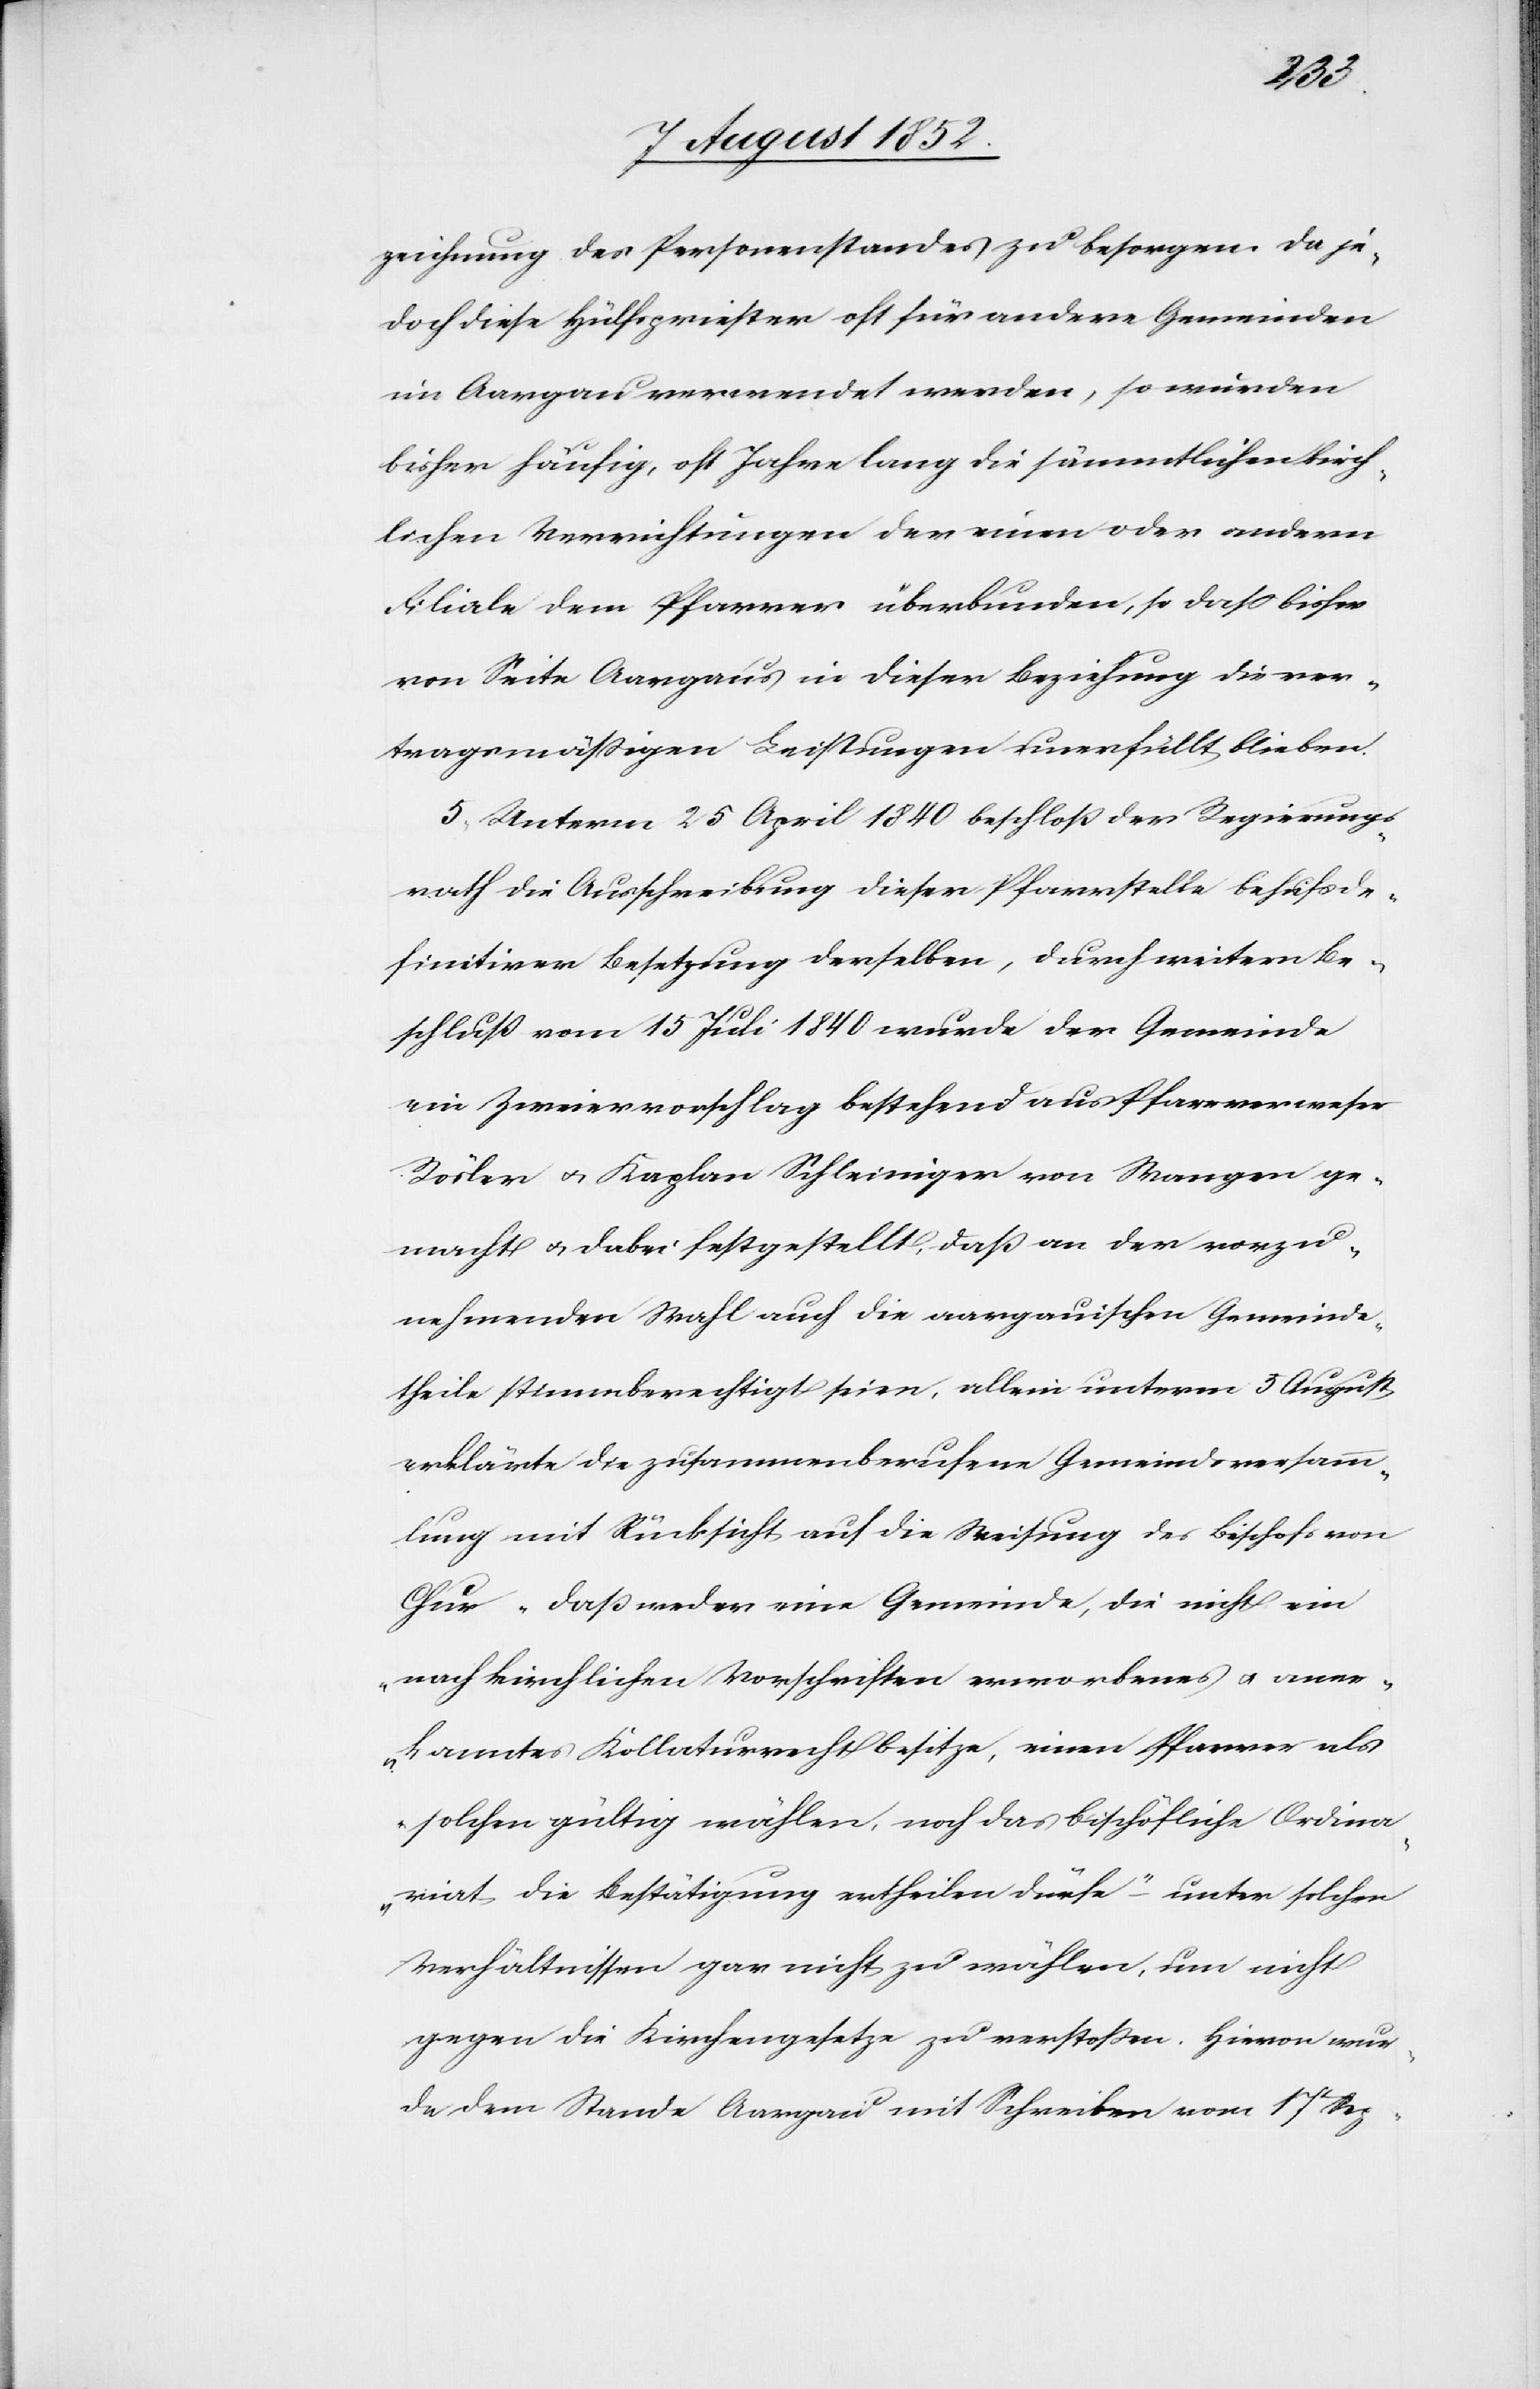
zeichnung des Personenstandes zu besorgen. Da je¬
doch diese Hülfspriester oft für andere Gemeinden
im Aargau verwendet werden, so wurden
bisher häufig, oft Jahre lang die sämmtlichen kirch¬
lichen Verrichtungen der einen oder andern
Filiale dem Pfarrer überbunden, so dass bisher
von Seite Aargaus in dieser Beziehung die ver¬
tragsmäßigen Leistungen unerfüllt blieben.
5, Unterm 25 April 1840 beschloß der Regierungs¬
rath die Ausschreibung dieser Pfarrstelle behufs de¬
finitiver Besetzung derselben, durch weitern Be¬
schluß vom 15 Juli 1840 wurde der Gemeinde
ein Zweiervorschlag bestehend aus Pfarrverweser
Rösler & Kaplan Schleiniger von Wangen ge¬
macht & dabei festgestellt, daß an der vorzu¬
nehmenden Wahl auch die aargauischen Gemeinde¬
theile stimmberechtigt seien, allein unterm 5 August
erklärte die zusammenberufene Gemeindsversamm¬
lung mit Rücksicht auf die Weisung des Bischofs von
Chur „daß weder eine Gemeinde, die nicht ein
nach kirchlichen Vorschriften erworbenes & aner¬
kanntes Kollaturrecht besitze, einen Pfarrer als
solchen gültig wählen, noch das bischöfliche Ordina¬
riat die Bestätigung ertheilen dürfe“ – unter solchen
Verhältnissen gar nicht zu wählen, um nicht
gegen die Kirchengesetze zu verstoßen. Hievon wur¬
de dem Stande Aargau mit Schreiben vom 17t Sep-